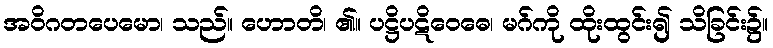
အဝိဂတပေမော၊ သည်။ ဟောတိ၊ ၏။ ပဋ္ဌိပဋိဝေဓေ၊ မဂ်ကို ထိုးထွင်း၍ သိခြင်း၌။